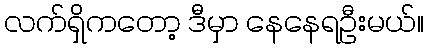
လက်ရှိကတော့ ဒီမှာ နေနေရဦးမယ်။